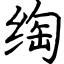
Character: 绹